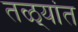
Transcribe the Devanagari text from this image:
तळ्यांत